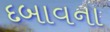
દબાવના